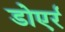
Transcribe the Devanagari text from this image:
डोएर्र